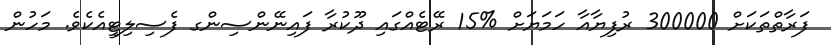
ފަރާތްތަކަށް 300000 ރުފިޔާއާ ހަމަޔަށް %15 ރޭޓެއްގައި ދޫކުރާ ފައިނޭންސިންގ ފެސިލިޓީއެކެވެ. މަހުން